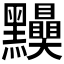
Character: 𪓆